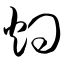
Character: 灼